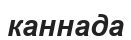
каннада